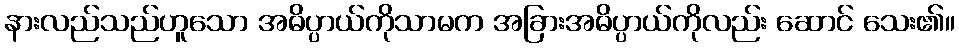
နားလည်သည်ဟူသော အဓိပ္ပာယ်ကိုသာမက အခြားအဓိပ္ပာယ်ကိုလည်း ဆောင် သေး၏။